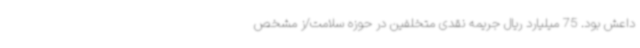
داعش بود. 75 میلیارد ریال جریمه نقدی متخلفین در حوزه سلامت/ز مشخص